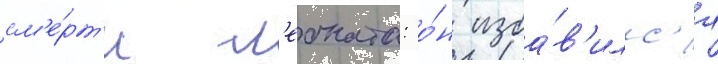
см'е́рт'и л'еоната: о́н изба́в'илс'я